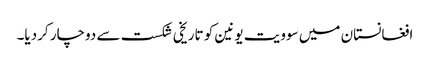
افغانستان میں سوویت یونین کو تاریخی شکست سے دوچار کردیا۔